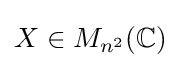
X\in M_{n^{2}}(\mathbb {C} )